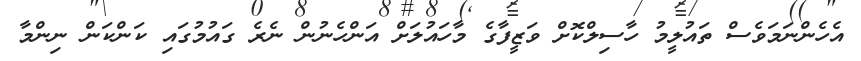
އެހެންނަމަވެސް ތައުލީމު ހާސިލްކޮށް ވަޒީފާގެ މާހައުލަށް އަންހެނުން ނެރެ ގައުމުގައި ކަންކަން ނިންމާ